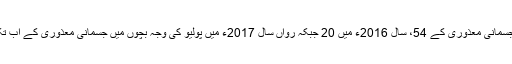
تحقیقی اعدادو شمار کے مطابق سال 2015ء میں پولیو کی وجہ سے بچوں میں جسمانی معذوری کے 54، سال 2016ء میں 20 جبکہ رواں سال 2017ء میں پولیو کی وجہ بچوں میں جسمانی معذوری کے اب تک صرف 2 کیسز سامنے آئے ہیں جو انتہائی خوش آئند اور مثبت پیش رفت ہے۔